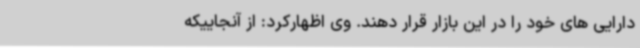
دارایی های خود را در این بازار قرار دهند. وی اظهارکرد: از آنجاییکه